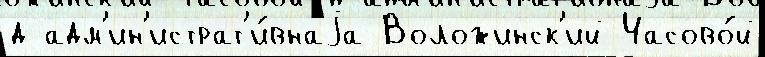
д адм'ин'истрат'и́внаjа Воложинск'ий Часово́й